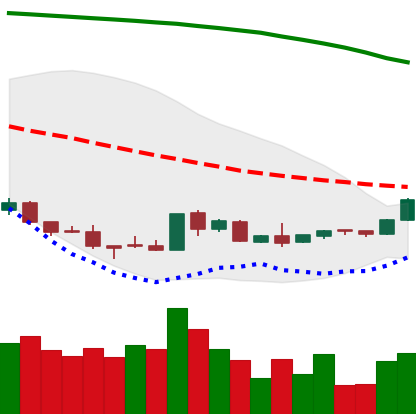
Ticker: EOS-USD
Chart end date: 2018-08-28
Forward return: 11.76%
Label: up_7plus